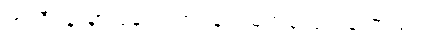
ရာသီပန်းမှာ ပုန်းညက်ပန်း၊ မြတ်လေးပန်းတည်း။